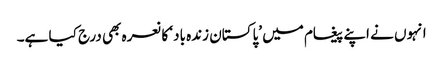
انہوں نے اپنے پیغام میں ’پاکستان زندہ باد‘ کا نعرہ بھی درج کیا ہے۔